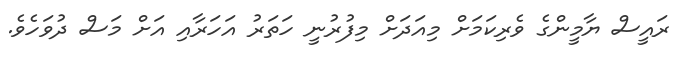
ރައީސް ޔާމީންގެ ވެރިކަމަށް މިއަދަށް މިފުރުނީ ހަތަރު އަހަރާއި އަށް މަސް ދުވަހެވެ.